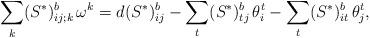
LaTeX: \begin{align*}\sum_k(S^*)^b_{ij;k}\,\omega^k=d(S^*)^b_{ij}-\sum_t(S^*)^b_{tj}\,\theta^t_i-\sum_t(S^*)^b_{it}\,\theta^t_j,\end{align*}